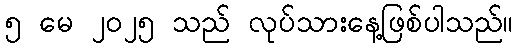
၅ မေ ၂၀၂၅ သည် လုပ်သားနေ့ဖြစ်ပါသည်။